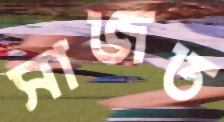
সাজত